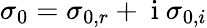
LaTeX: \sigma_{0}=\sigma_{0,r}+\mathrm{~i~}\sigma_{0,i}